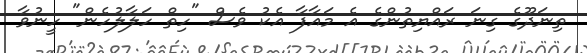
ތިނަދޫގެ ގިނަ ރައްޔިތުންގެ އެ މައާފާ އެކު ވެސް "ހިތް ހަލާލުހެން" ހީނުވާ